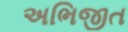
અભિજીત